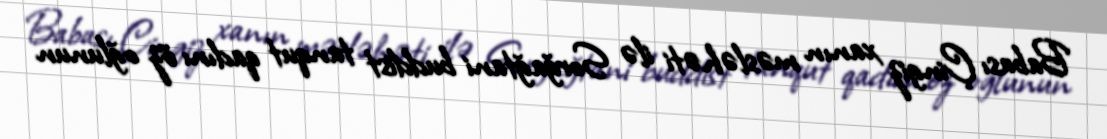
Babası Çingiz xanın məsləhəti ilə Sorğağtani buddist tanqut qadını öz oğlunun